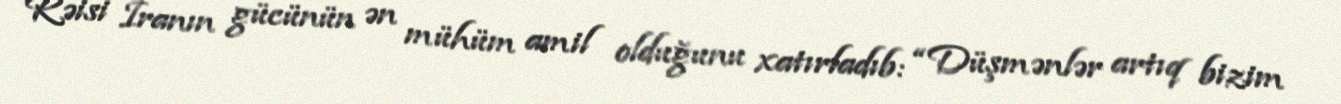
Rəisi İranın gücünün ən mühüm amil olduğunu xatırladıb: “Düşmənlər artıq bizim